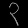
Digit: ၃